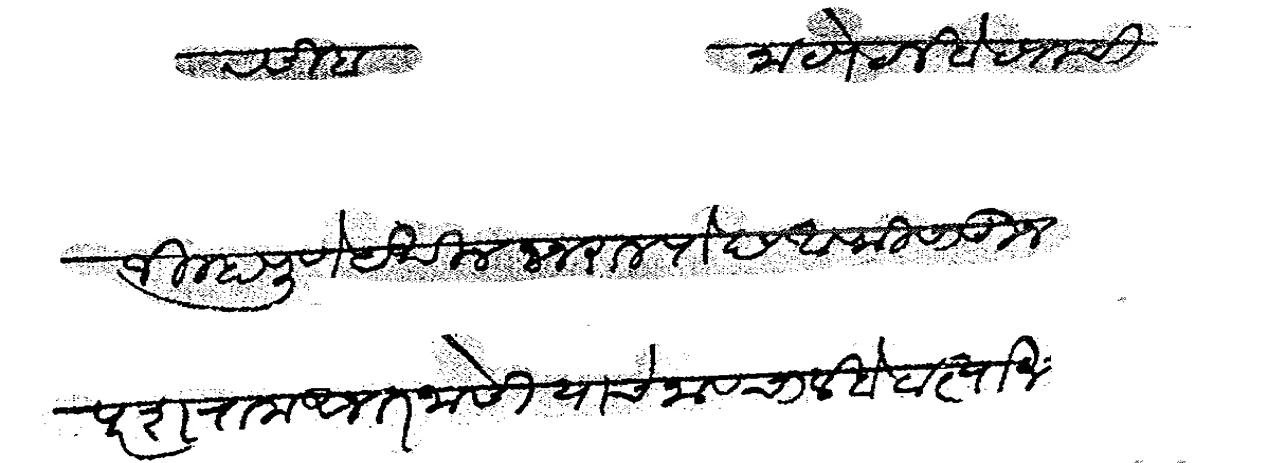
Transliteration (Devanagari): रसीब नाट पेट लखोट्याची जिल्हा पुणे येथील जनराल पोष्टआफिसातून परशराम अनंत जोशी यांचे नावचा लखोटा त्याजला